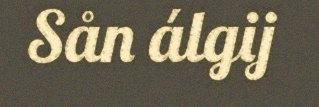
Sån álgij